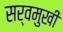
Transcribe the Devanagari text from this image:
सर्वमुखी